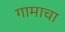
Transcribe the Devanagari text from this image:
गामाचा